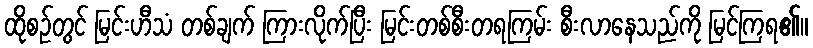
ထိုစဉ်တွင် မြင်းဟီသံ တစ်ချက် ကြားလိုက်ပြီး မြင်းတစ်စီးတရကြမ်း စီးလာနေသည်ကို မြင်ကြရ၏။